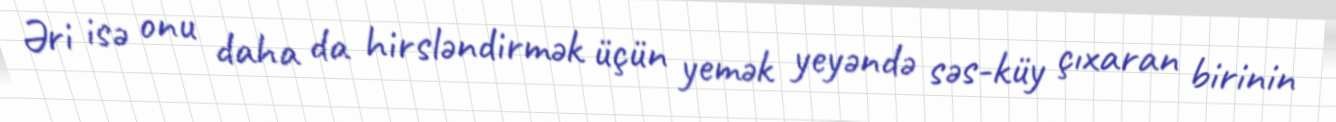
Əri isə onu daha da hirsləndirmək üçün yemək yeyəndə səs-küy çıxaran birinin